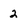
Character: 2